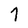
Character: 7